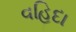
વહિદા